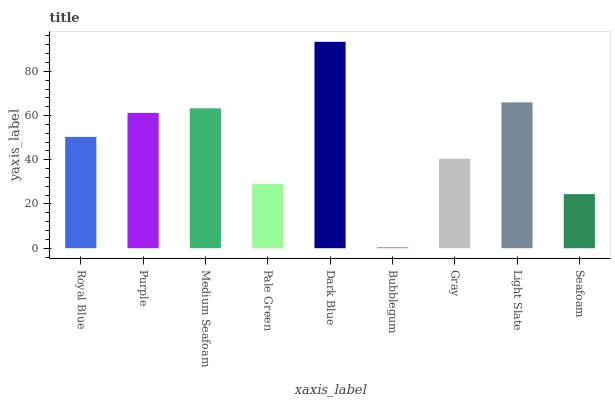
| xaxis_label | bars |
 | --- | --- |
 | Royal Blue | 50.4 |
 | Purple | 61.2 |
 | Medium Seafoam | 63.3 |
 | Pale Green | 29 |
 | Dark Blue | 93.4 |
 | Bubblegum | 0.453 |
 | Gray | 40.5 |
 | Light Slate | 66 |
 | Seafoam | 24.5 |